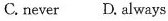
C. never D. Always